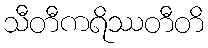
သီတီကရိဿတီတိ